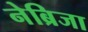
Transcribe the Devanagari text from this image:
नेब्रिजा